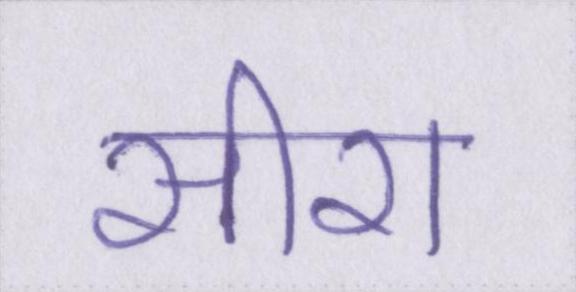
सीरा